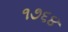
૧૭૬૪